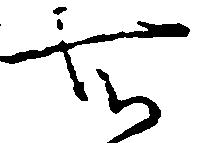
知